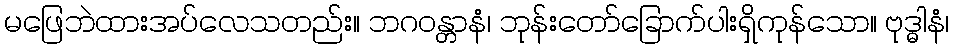
မဖြေဘဲထားအပ်လေသတည်း။ ဘဂဝန္တာနံ၊ ဘုန်းတော်ခြောက်ပါးရှိကုန်သော။ ဗုဒ္ဓါနံ၊